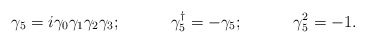
\begin{align*}\gamma_{5}=i\gamma_{0}\gamma_{1}\gamma_{2}\gamma_{3}; \hspace{0.5in} \gamma_{5}^{\dag}=-\gamma_{5};\hspace{0.5in} \gamma_{5}^{2}=-1.\end{align*}